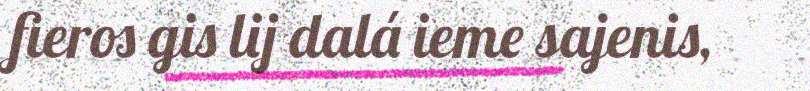
fieros gis lij dalá ieme sajenis,